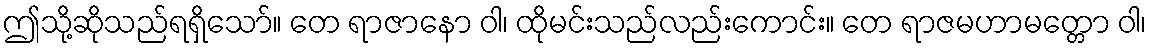
ဤသို့ဆိုသည်ရရှိသော်။ တေ ရာဇာနော ဝါ၊ ထိုမင်းသည်လည်းကောင်း။ တေ ရာဇမဟာမတ္တော ဝါ၊